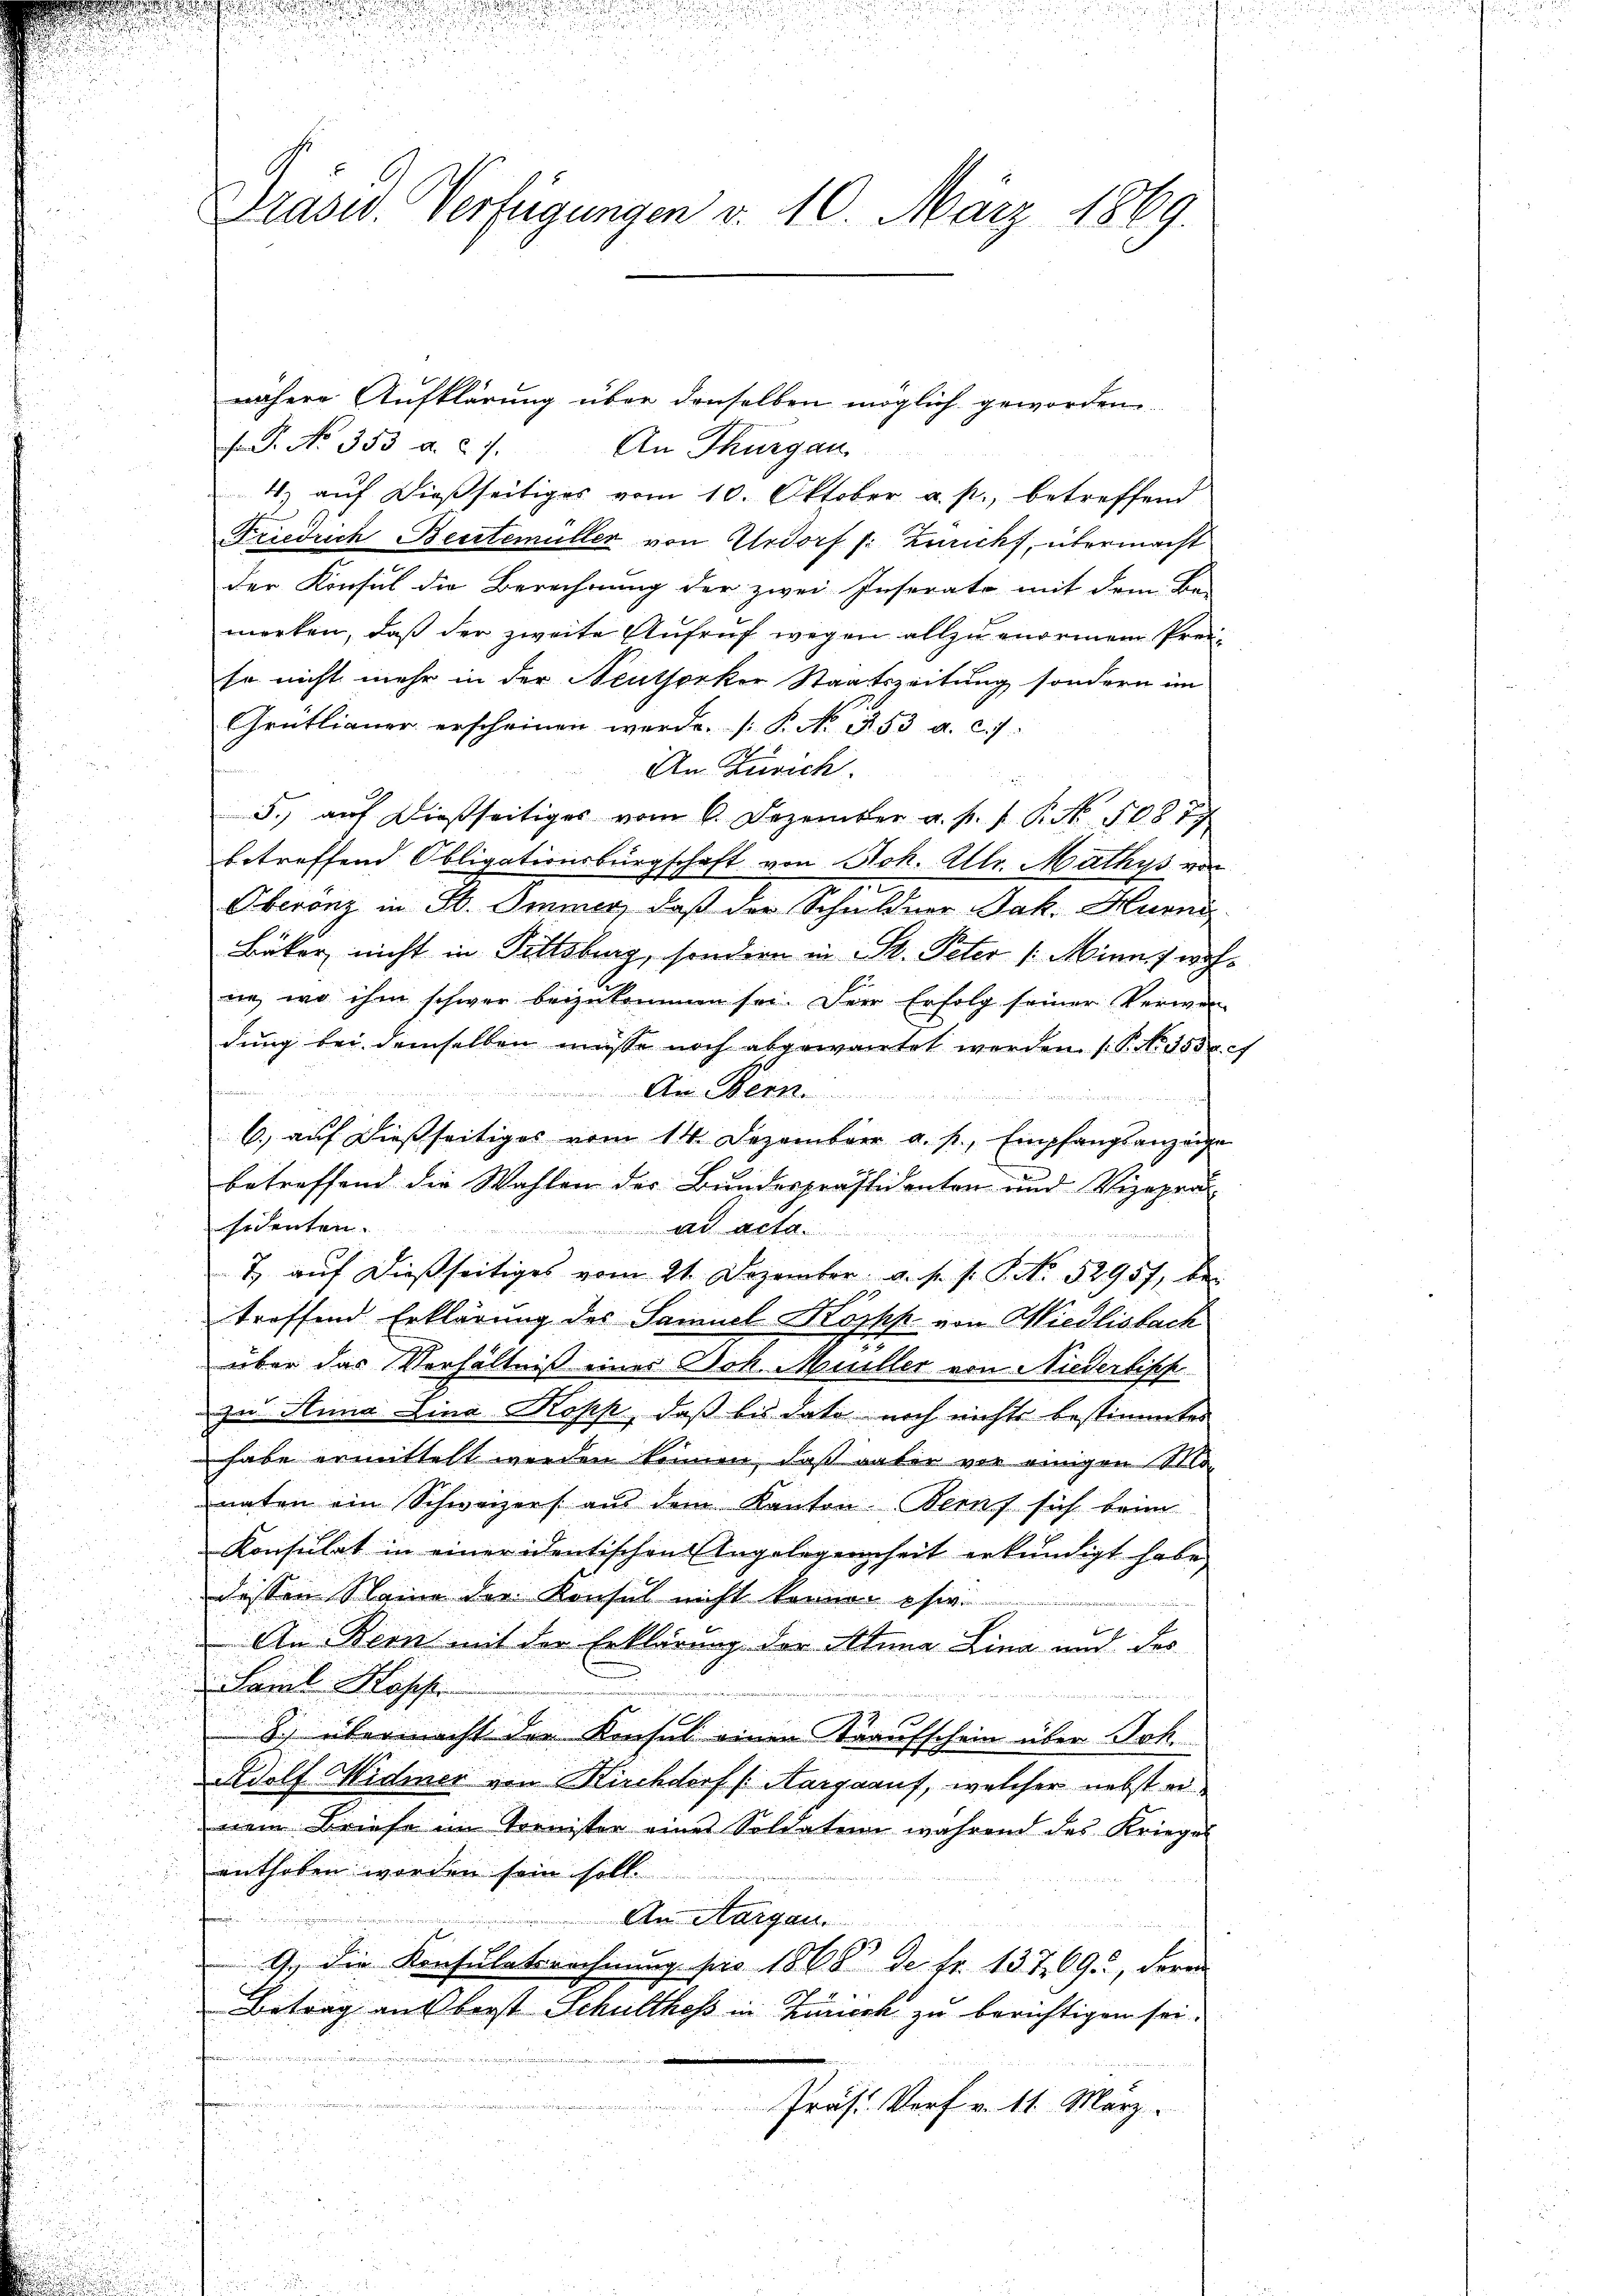
Prasw. Verfügungen v. 10. März 1869.

nähere Aufklärung über denselben möglich geworden
G. No. 353. d. 27.
An Thurgau
1) auf dießseitiges vom 10. Oktober a. p., betreffend
Friedrich Berstemüller von Urdorf f: Zürich, übermacht
der Konsul die Berechnung der zwei Inserato mit dem Be-
merken, daß der zweite Aufruf wegen allzu enormen Preiso nicht mehr in der Neuthorker Staatszeitung sondern im
Grütlianer erscheinen werde. (T. No. 353. a. c. 7.
An Zürich.
5.) auf dießseitiges vom 6. Dezember a. p. P. Nr. 1087
betreffend Obligationsbürgschaft von Joh. Ulr. Mathys vor
Oberanz in St. Immer, daß der Schuldner Jak. Hurni
Bäker nicht in Bittsburg, sondern in St. Peter /:Minn, wohne, wo ihm schwer beizukommen sei. Der Erfolg seiner Verwen-
dung bei demselben müsse noch abgewartet werden (P. Nr. 353 f
An Bern

6. auf dießseitiges vom 14. Dezember a. p., Empfangsanzeige
betreffend die Wahlen der Bundespräsidenten und Vizepräsidenten.
Ad Act
7) auf dießseitiges vom 21. Dezember a. s. f. P. Nr. 52957, be-
.
gef
troffend Erklärung des Samuel Krophp von Wiedlisbach
über das Verhältniß eines Joh. Müller von Niederbisch
zu Stana Lina Kopp, daß bis dato noch nichts bestimmtes
habe ermittelt werden können, daß unter vor einigen Monaten ein Schweizers aus dem Kanton Beruf sich beim
Konsulat in einer identischen Angelegenheit erkundigt habe
dessen Seine der Konsul nicht kenner pseri
An Bern mit der Erklärung der Anna Lina und des

u
Saml Hasser

8.) übermacht der Konsul einen Kaufschein über Joh.

dolf Widmer von Kirchdorf (Aargaauf, welcher nebst einem Briefe im Tornister eines Soldaten während des Kriegel
enthoben worden sein soll.
An Aargau.
9.) Die Konsulatsrechnung pro 1868 de fr. 137, 69, dere
Betrag aus berst Schultheß in Zumerk zu berichtigen sei.
f
u
e
Präs. Verf. v. 11. März.
u